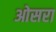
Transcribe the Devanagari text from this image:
ओसरा